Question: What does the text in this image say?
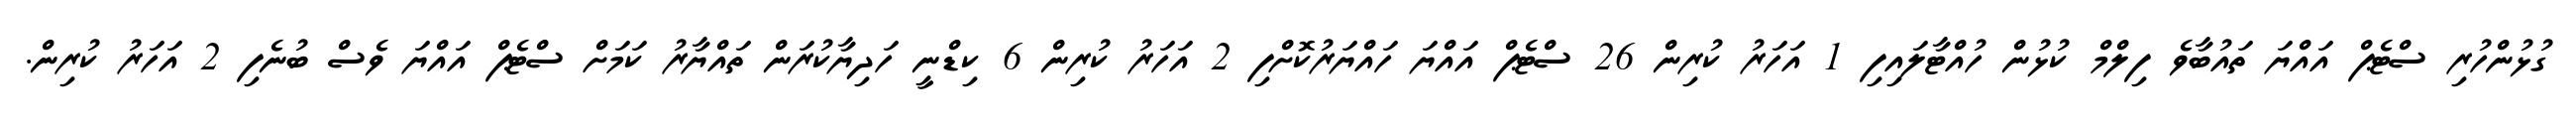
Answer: ގުޅުންހުރި ސްޓެޕް އައްޔަ ތައުބާވެ ފިލްމް ކުޅުން ހުއްޓާލައިފި 1 އަހަރު ކުރިން 26 ސްޓެޕް އައްޔަ ހައްޔަރުކޮށްފި 2 އަހަރު ކުރިން 6 ކިޑްނީ ހަދިޔާކުރަން ތައްޔާރު ކަމަށް ސްޓެޕް އައްޔަ ވެސް ބުނެފި 2 އަހަރު ކުރިން.